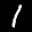
Label: 1